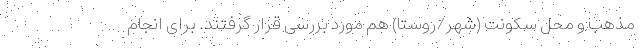
مذهب و محل سکونت (شهر/روستا) هم مورد بررسی قرار گرفتند. برای انجام